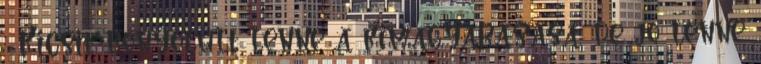
: Kicsit bonyolult lenne a kimagyarázása, de jó lenne